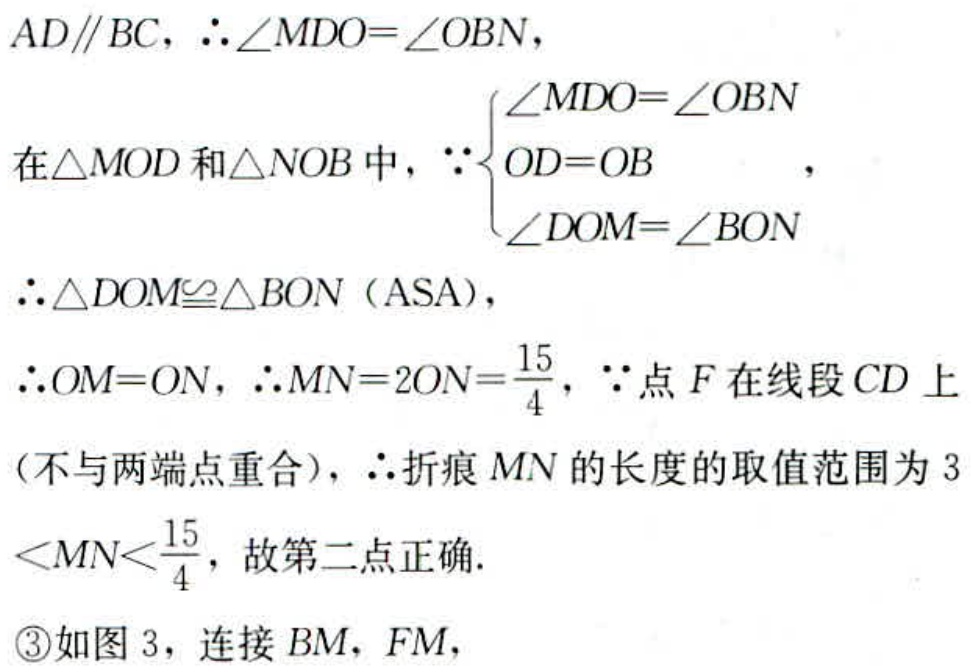
$AD\parallel BC,\therefore\angle MDO = \angle OBN,$
在$\triangle MOD$和$\triangle NOB$中，$\because\begin{cases}\angle MDO=\angle OBN\\OD = OB\\\angle DOM=\angle BON\end{cases},$
$\therefore\triangle DOM\cong\triangle BON$（ASA）,
$\therefore OM = ON,\therefore MN = 2ON=\frac{15}{4},\because$点$F$在线段$CD$上
（不与两端点重合），$\therefore$折痕$MN$的长度的取值范围为$3$
$<MN<\frac{15}{4}$，故第二点正确.
\textcircled{3}如图 3，连接$BM,FM,$